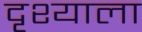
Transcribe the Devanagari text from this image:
दृश्‍याला